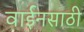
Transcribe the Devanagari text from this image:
वाईनसाठी